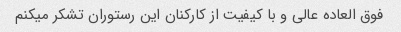
فوق العاده عالی و با کیفیت از کارکنان این رستوران تشکر میکنم